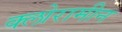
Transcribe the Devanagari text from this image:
क्लोरामीन